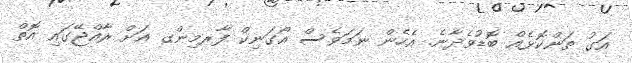
އަގު ތަންކޮޅެއް ބޮޑުވެދާނެ. އެހެން ނަމަވެސް އޯގަނިކް ފާރމިންގ އަށް ރާއްޖޭގައި އޮތް